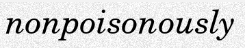
nonpoisonously